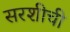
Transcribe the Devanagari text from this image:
सरशीची